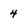
Character: 4